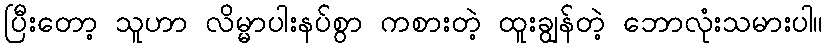
ပြီးတော့ သူဟာ လိမ္မာပါးနပ်စွာ ကစားတဲ့ ထူးချွန်တဲ့ ဘောလုံးသမားပါ။